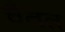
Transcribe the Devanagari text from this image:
चैतत